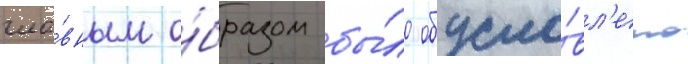
гла́вным о́бразом бы́ло обусло́вл'ено